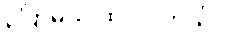
ပြောမယ် ထင်ပါတယ်။